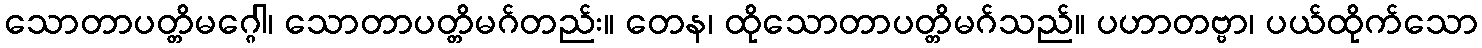
သောတာပတ္တိမဂ္ဂေါ၊ သောတာပတ္တိမဂ်တည်း။ တေန၊ ထိုသောတာပတ္တိမဂ်သည်။ ပဟာတဗ္ဗာ၊ ပယ်ထိုက်သော